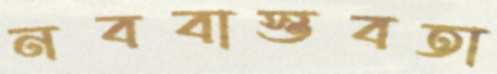
নববাস্তবতা